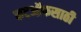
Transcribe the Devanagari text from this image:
कटऑफसाठी